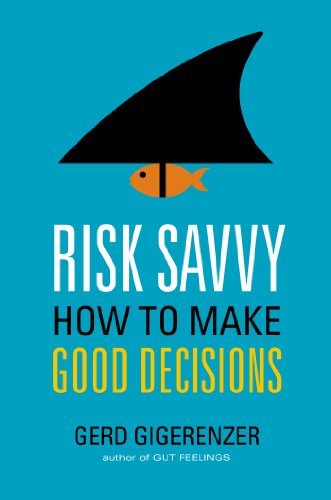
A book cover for Risk Savvy: How to Make Good Decisions; Gerd Gigerenzer; Health, Fitness & Dieting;